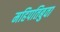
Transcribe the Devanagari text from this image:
महिपतिबुवा